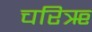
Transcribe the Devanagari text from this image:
चरिॠ